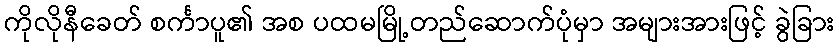
ကိုလိုနီခေတ် စင်္ကာပူ၏ အစ ပထမမြို့တည်ဆောက်ပုံမှာ အများအားဖြင့် ခွဲခြား